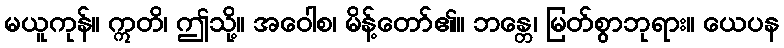
မယူကုန်။ ဣတိ၊ ဤသို့။ အဝေါစ၊ မိန့်တော်၏။ ဘန္တေ၊ မြတ်စွာဘုရား။ ယေပန